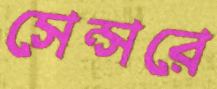
সেন্সরে